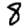
Digit: 8